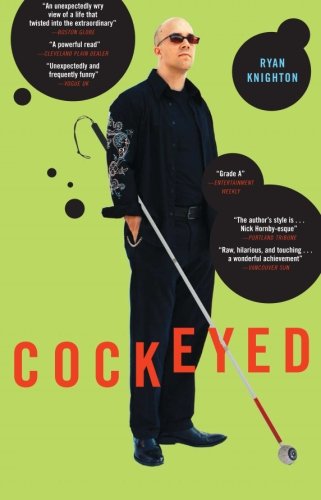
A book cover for Cockeyed; Ryan Knighton; Health, Fitness & Dieting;